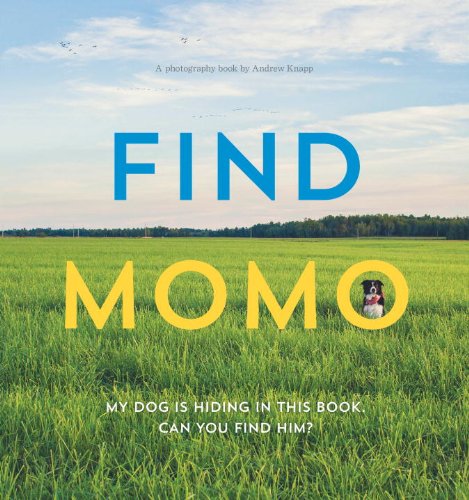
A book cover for Find Momo: A Photography Book; Andrew Knapp; Humor & Entertainment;